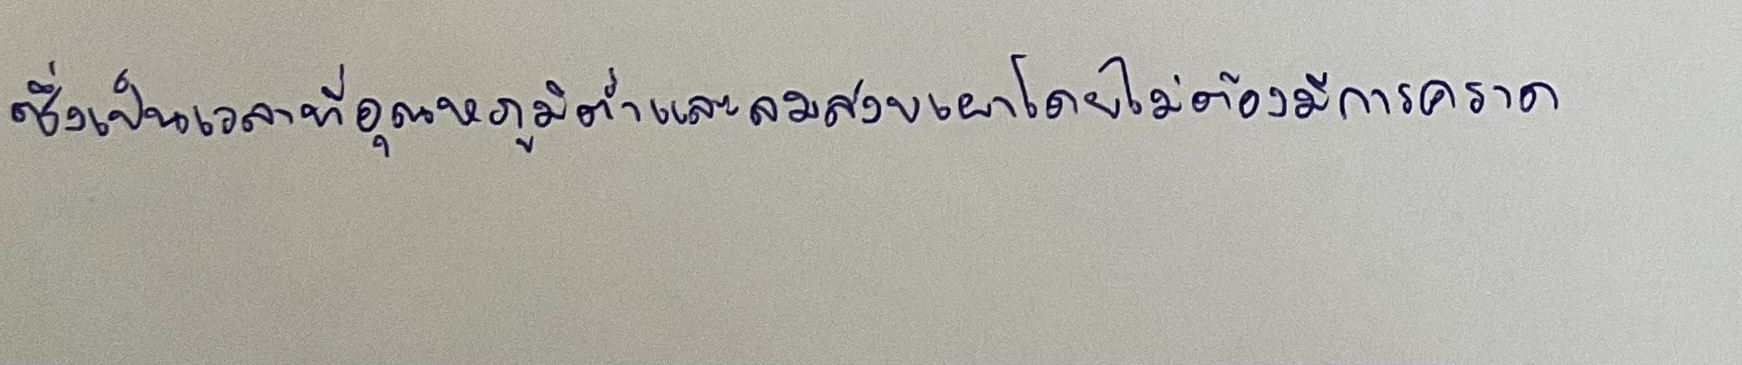
ซึ่งเป็นเวลาที่อุณหภูมิต่ำและลมสงบเผาโดยไม่ต้องมีการคราด